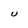
Character: U